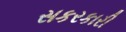
સકરકારી